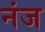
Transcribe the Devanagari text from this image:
नंज